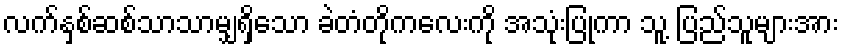
လက်နှစ်ဆစ်သာသာမျှရှိသော ခဲတံတိုကလေးကို အသုံးပြုကာ သူ့ ပြည်သူများအား